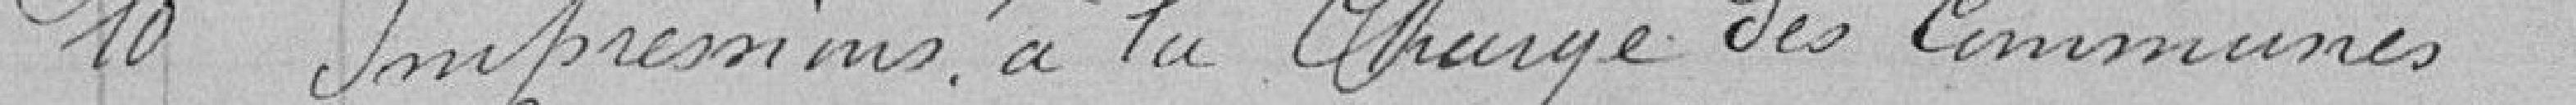
10 - Impressions à la charge des communes